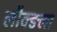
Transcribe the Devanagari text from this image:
लौक्ङला